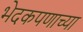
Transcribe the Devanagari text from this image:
भेदकपणाच्या